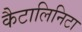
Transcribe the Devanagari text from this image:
कैटालिनिटा